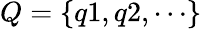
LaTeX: Q=\{ q1,q2,\cdots\}